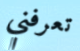
تعرفني